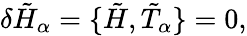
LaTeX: \delta{\tilde{H}}_{\alpha}=\lbrace\tilde{H},{\tilde{T}}_{\alpha}\rbrace=0,